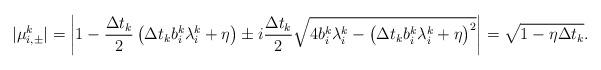
LaTeX: \begin{align*}| \mu^{k}_{i,\pm} | = \left| 1- \frac{\Delta t_k}{2} \left( \Delta t_k b^{k}_i \lambda^{k}_i + \eta \right) \pm i \frac{\Delta t_k}{2} \sqrt{4 b^{k}_i \lambda^{k}_i -\left( \Delta t_k b^{k}_i \lambda^{k}_i + \eta \right)^2} \right| = \sqrt{1- \eta \Delta t_k} .\end{align*}